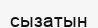
сызатын